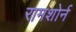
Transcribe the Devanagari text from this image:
रामशोर्न